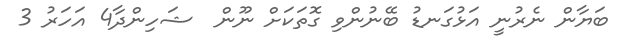
ބަޔާން ނެރުނީ އަޅުގަނޑު ބޭނުންވި ގޮތަކަށް ނޫން  ޝަހިންދާ4 އަހަރު 3